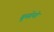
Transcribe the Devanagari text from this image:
बुसोनो